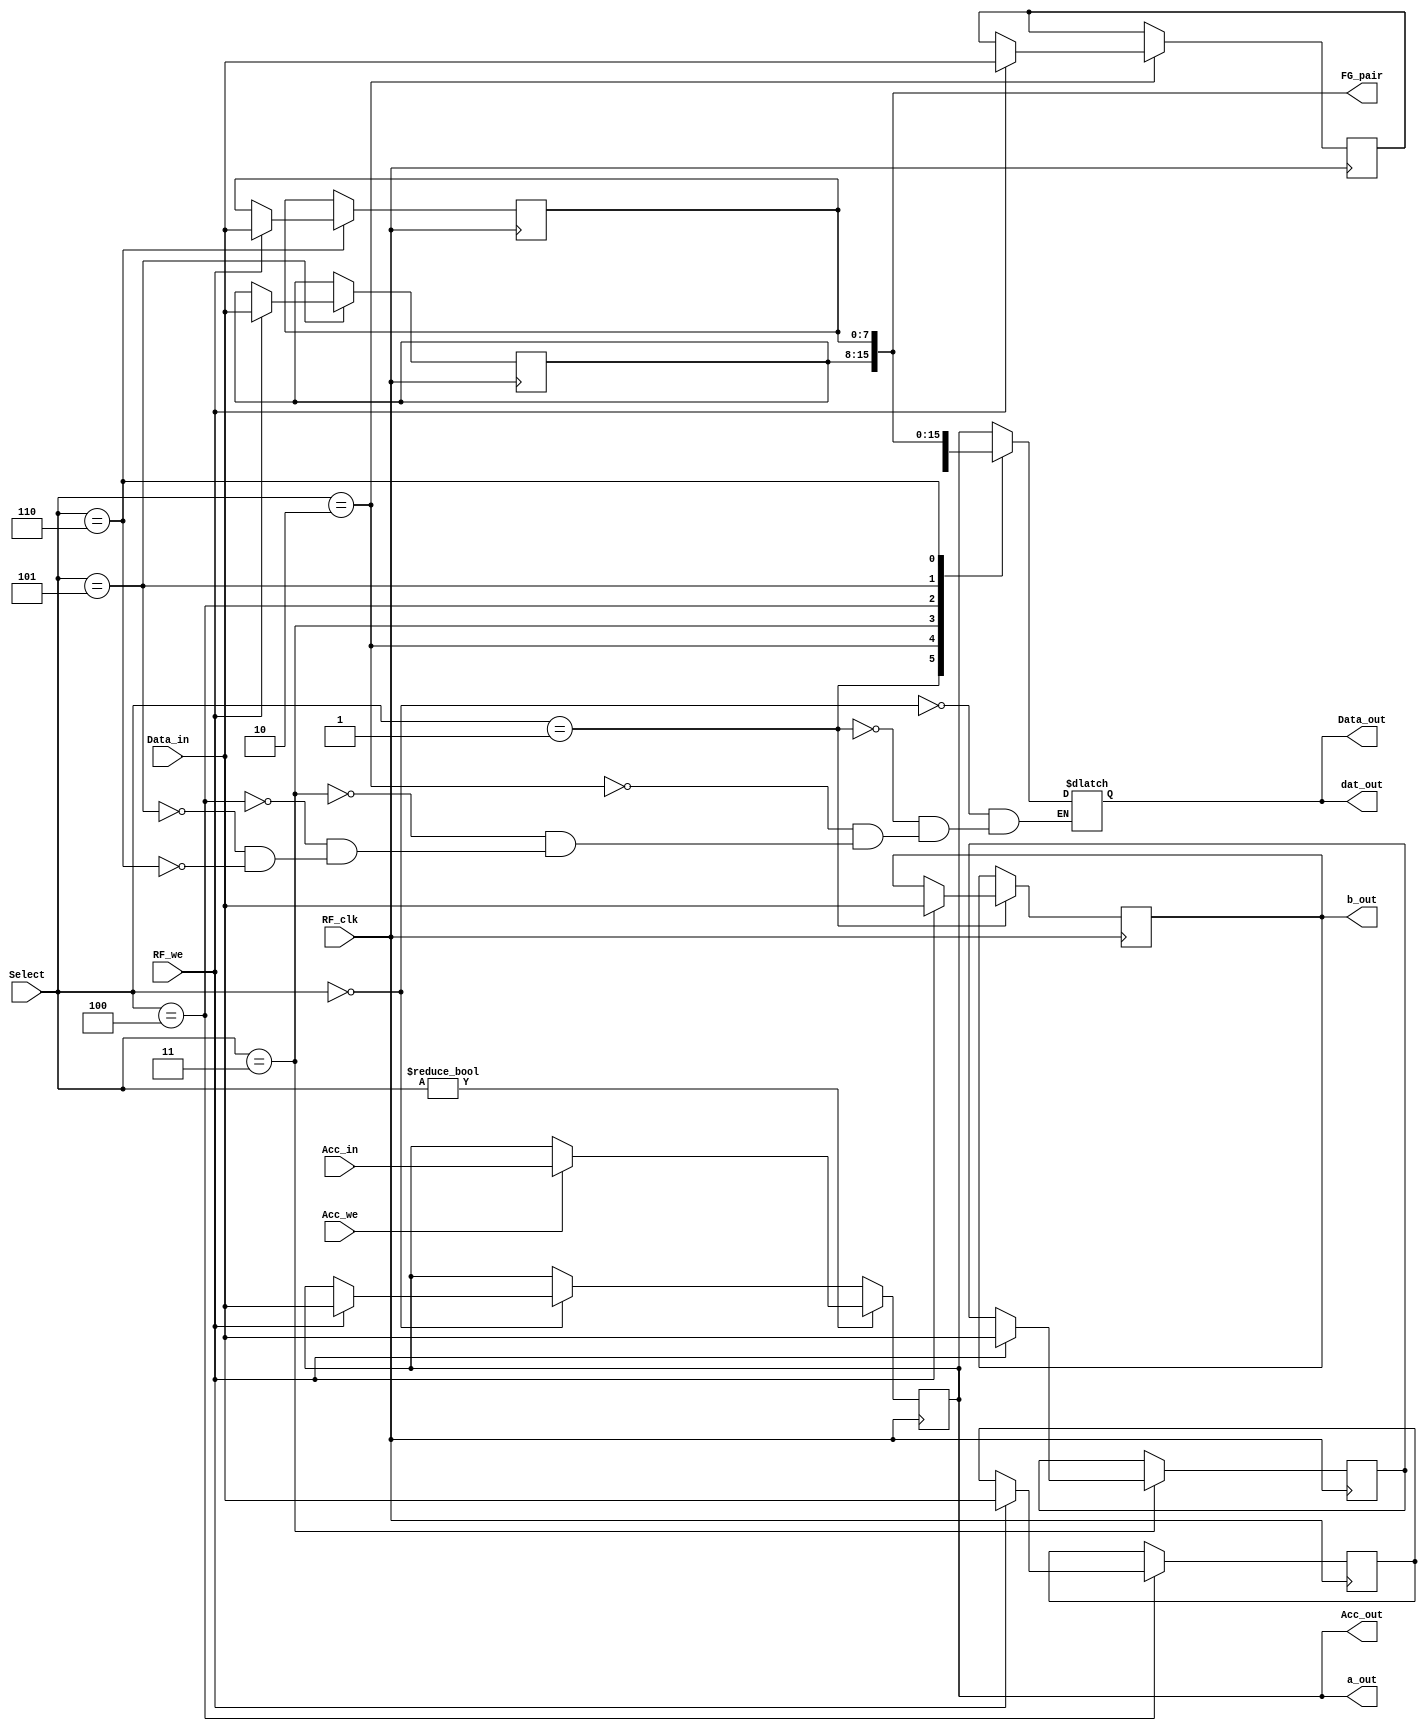
`timescale 1ns / 1ps
//////////////////////////////////////////////////////////////////////////////////
// Company: 
// Engineer: 
// 
// Design Name: 
// Module Name:    RF 
// Project Name: 
// Target Devices: 
// Tool versions: 
// Description: 
//
// Dependencies: 
//
// Revision: 
// Revision 0.01 - File Created
// Additional Comments: 
//
//////////////////////////////////////////////////////////////////////////////////
module RF(Data_in,Select,Acc_in,Data_out,Acc_out,RF_we,Acc_we,RF_clk,FG_pair,b_out,a_out,dat_out
    );
	input[7:0] Data_in;
	input[2:0] Select;
	input[7:0] Acc_in;
	output[7:0] Data_out;
	output[7:0] Acc_out;
	output[15:0] FG_pair;
	input RF_we;
	input Acc_we;
	input RF_clk;
	output[7:0] b_out,a_out,dat_out;
	
	reg[7:0] Data_out;
	reg[7:0] Acc,B,C,D,E,F,G;
	initial 
		begin
			Acc <= 8'h49;
			B <= 8'h06;
			C <= 8'h06;
		end	
	always @(posedge RF_clk)
	begin
		case(Select)
		3'b000: Acc <= (RF_we ? Data_in: Acc); 
		3'b001: B <= (RF_we ? Data_in: B);
		3'b010: C <= (RF_we ? Data_in: C);
		3'b011: D <= (RF_we ? Data_in: D);
		3'b100: E <= (RF_we ? Data_in: E);
		3'b101: F <= (RF_we ? Data_in: F);
		3'b110: G <= (RF_we ? Data_in: G);
		
		endcase
		if (Select != 3'b000)
			Acc <= Acc_we ? Acc_in : Acc;
	end
	
	
	always @(Select or Acc or B or C or D or E or F or G)
	begin
		case (Select)
		3'b000: Data_out <= Acc;
		3'b001: Data_out <= B;
		3'b010: Data_out <= C;
		3'b011: Data_out <= D;
		3'b100: Data_out <= E;
		3'b101: Data_out <= F;
		3'b110: Data_out <= G;
		endcase
	end
	
	assign Acc_out = Acc;
	assign FG_pair = {F,G};
	assign b_out = B;
	assign a_out = Acc;
	assign dat_out = Data_out;
endmodule